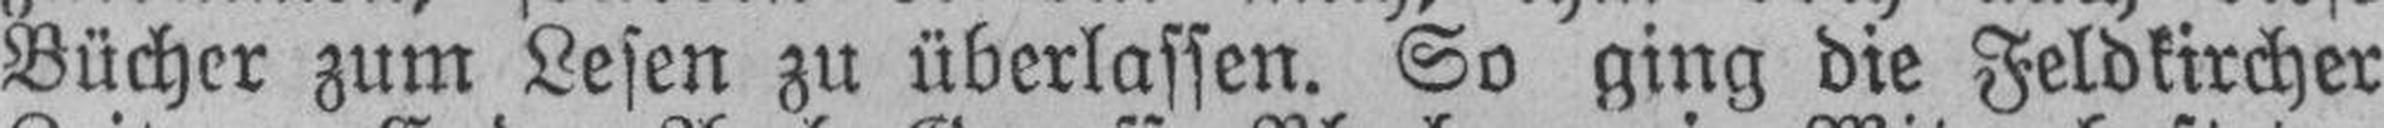
Bücher zum Lesen zu überlassen. So ging die Feldkircher